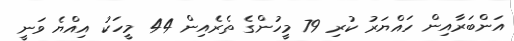
އަންބަރާއިން ހައްޔަރު ކުރި 79 މީހުންގެ ތެރެއިން 44 މީހަކު އިއްޔެ ވަނީ